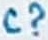
Text: C?